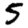
Digit: 5